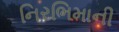
નિરભિમાની